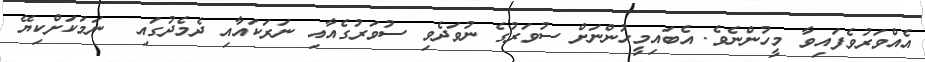
އެއްވަރުވެފައިވާ މީހުންނެވެ. އެބައިމީހުންނަށް ސުވަރުގެ ނުވަދެވި ސުވަރުގެއާއި ނަރަކައާއި ދެމެދުގައި  ނަމަކަށްކިޔޭ